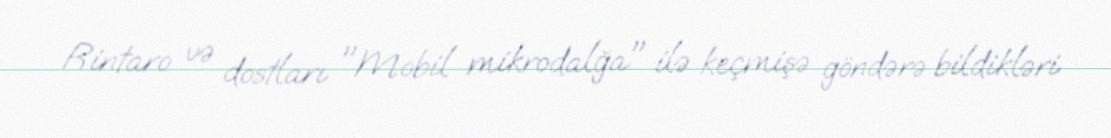
Rintaro və dostları "Mobil mikrodalğa" ilə keçmişə göndərə bildikləri